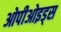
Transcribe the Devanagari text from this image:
ओपीओइड्स